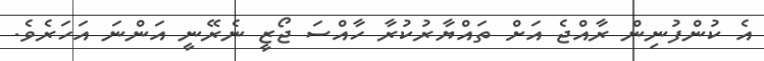
އެ ކުންފުނިން ރާއްޖެ އަށް ތައްޔާރުކުރާ ހާއްސަ ޖޯޒީ ނެރޭނީ އަންނަ އަހަރެވެ.